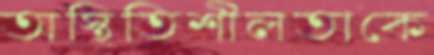
অস্থিতিশীলতাকে